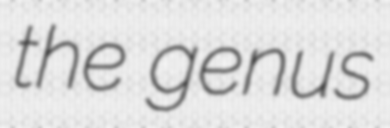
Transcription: the genus